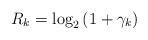
LaTeX: \begin{align*} R_{k}=\log_2\left(1+\gamma_{k}\right)\end{align*}